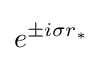
e^{\pm i\sigma r_{*}}